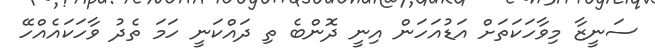
ސަނީޒާ މިވާހަކަތަށް އަޑުއަހަން އިނީ ދޮންބެ ތި ދައްކަނީ ހަމަ ތެދު ވާހަކައެއްހޭ